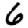
Digit: 6